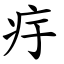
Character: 㽳